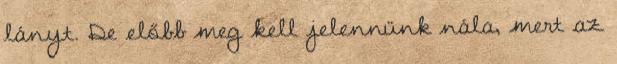
lányt. De előbb meg kell jelennünk nála, mert az